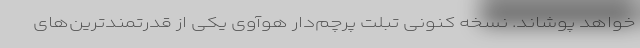
خواهد پوشاند. نسخه کنونی تبلت پرچم‌دار هوآوی یکی از قدرتمندترین‌های